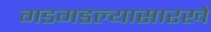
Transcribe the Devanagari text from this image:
गडगडल्यासारखे